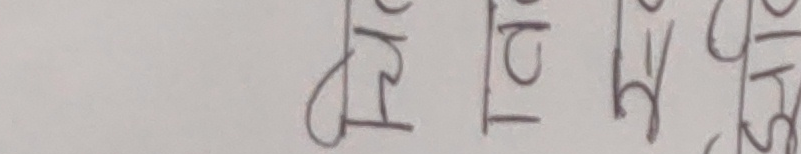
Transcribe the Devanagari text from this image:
अपयस